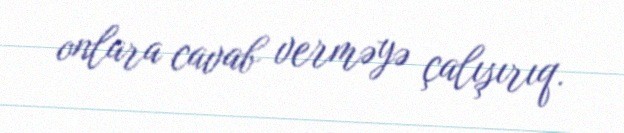
onlara cavab verməyə çalışırıq.